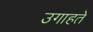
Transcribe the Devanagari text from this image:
उगाहते